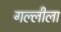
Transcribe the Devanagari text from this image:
गल्लीला